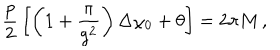
LaTeX: { \frac { p } { 2 } } \left[ \left( 1 + { \frac { \pi } { g ^ { 2 } } } \right) \Delta \chi _ { 0 } + \theta \right] = 2 \pi M \, ,